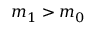
m _ { 1 } > m _ { 0 }